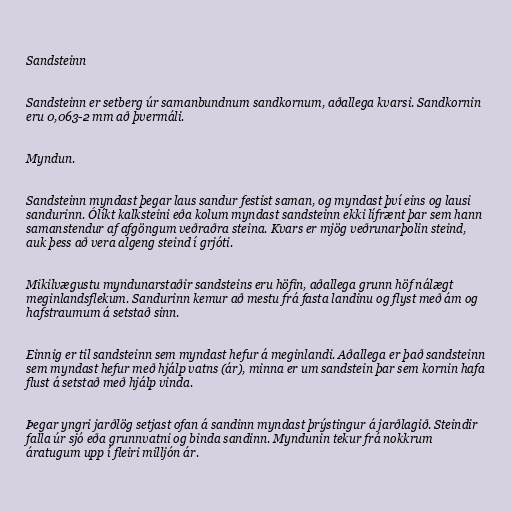
Sandsteinn

Sandsteinn er setberg úr samanbundnum sandkornum, aðallega kvarsi. Sandkornin
eru 0,063-2 mm að þvermáli.

Myndun.

Sandsteinn myndast þegar laus sandur festist saman, og myndast því eins og lausi
sandurinn. Ólíkt kalksteini eða kolum myndast sandsteinn ekki lífrænt þar sem hann
samanstendur af afgöngum veðraðra steina. Kvars er mjög veðrunarþolin steind,
auk þess að vera algeng steind í grjóti.

Mikilvægustu myndunarstaðir sandsteins eru höfin, aðallega grunn höf nálægt
meginlandsflekum. Sandurinn kemur að mestu frá fasta landinu og flyst með ám og
hafstraumum á setstað sinn.

Einnig er til sandsteinn sem myndast hefur á meginlandi. Aðallega er það sandsteinn
sem myndast hefur með hjálp vatns (ár), minna er um sandstein þar sem kornin hafa
flust á setstað með hjálp vinda.

Þegar yngri jarðlög setjast ofan á sandinn myndast þrýstingur á jarðlagið. Steindir
falla úr sjó eða grunnvatni og binda sandinn. Myndunin tekur frá nokkrum
áratugum upp í fleiri milljón ár.